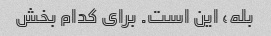
بله، این است. برای کدام بخش